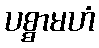
ပစ္စာမဟံ